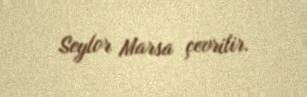
Seylor Marsa çevrilir.